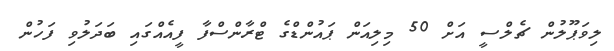
ލިވަޕޫލުން ޗެލްސީ އަށް 50 މިލިއަން ޕައުންޑްގެ ޓްރާންސްފާ ފީއެއްގައި ބަދަލުވި ފަހުން